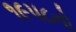
૧૯૫૮નો